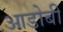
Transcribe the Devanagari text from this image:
आडोबी